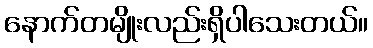
နောက်တမျိုးလည်းရှိပါသေးတယ်။